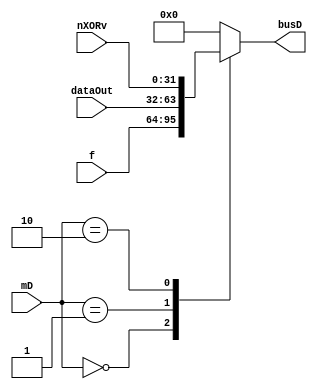
`timescale 1ns / 1ps
//////////////////////////////////////////////////////////////////////////////////
// Company: 
// Engineer: 
// 
// Design Name: 
// Module Name: muxD
// Project Name: 
// Target Devices: 
// Tool Versions: 
// Description: 
// 
// Dependencies: 
// 
// Revision:
// Revision 0.01 - File Created
// Additional Comments:
// 
//////////////////////////////////////////////////////////////////////////////////


module muxD(
    input      [31:0] f, dataOut, nXORv,
    input      [1:0]                 mD,
    output reg [31:0]              busD
    );
    
    always @ (*) begin
        case(mD)
            2'b00:   busD =       f;
            2'b01:   busD = dataOut;
            2'b10:   busD =   nXORv;
            default: busD =       0;
        endcase
    end
endmodule